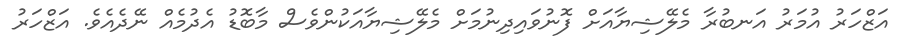
އަޒްހަރު އުމަރު އަނބުރާ މެލޭޝިޔާއަށް ފޮނުވައިދިނުމަށް މެލޭޝިޔާއަކުންވެސް މާބޮޑު އެދުމެއް ނޭދެއެވެ. އަޒްހަރު